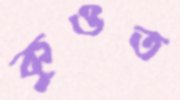
কুওত